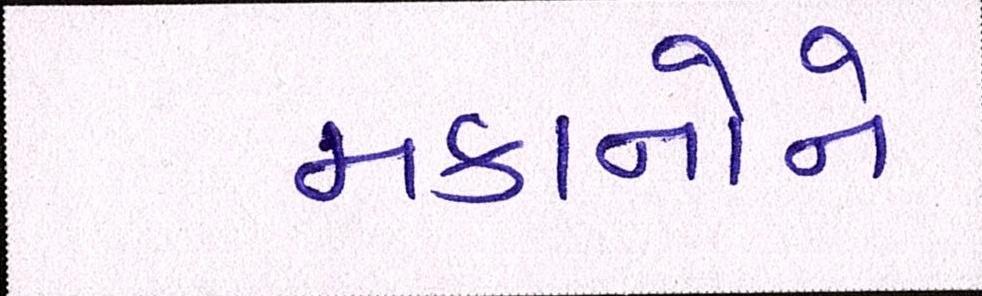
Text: મકાનોને